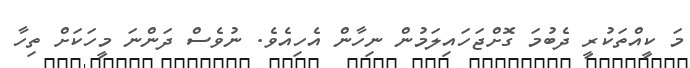
މަ ކީއްތަކުރީ ދެބުމަ ގޮށްޖަހައިލަމުން ނިހާން އެހިއެވެ. ނުވެސް ދަންނަ މީހަކަށް ތިހާ